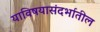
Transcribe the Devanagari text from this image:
याविषयासंदर्भातील